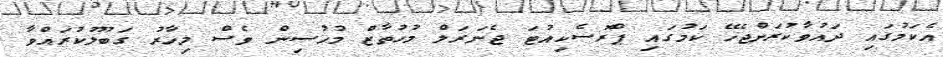
އެކަމުގައި ދައުވާކުރަންޖެހޭ ކަމުގައި ޕްރޮސެކިއުޓަ ޖެނަރަލް މުހުތާޒް މުހުސިން ވެސް މިހާރު ގަބޫލުކުރައްވާ